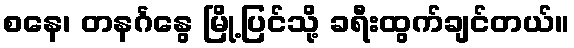
စနေ၊ တနင်္ဂနွေ မြို့ပြင်သို့ ခရီးထွက်ချင်တယ်။